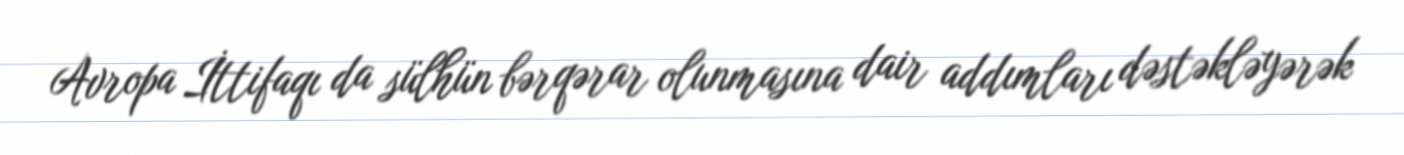
Avropa İttifaqı da sülhün bərqərar olunmasına dair addımları dəstəkləyərək